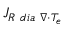
{ J } _ { R \ d i a \ \nabla \cdot T _ { e } }